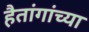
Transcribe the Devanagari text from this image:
हैतांगांच्या